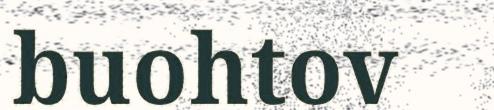
buohtov